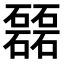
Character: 𥗉